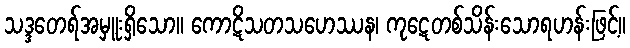
သဒ္ဒတေရ်အမှူးရှိသော။ ကောဋိသတသဟေဿန၊ ကုဋေတစ်သိန်းသောရဟန်းဖြင့်။